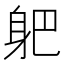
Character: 𲄛